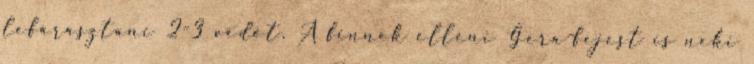
lefárasztani 2-3 védőt. A finnek elleni Gera-fejest is neki